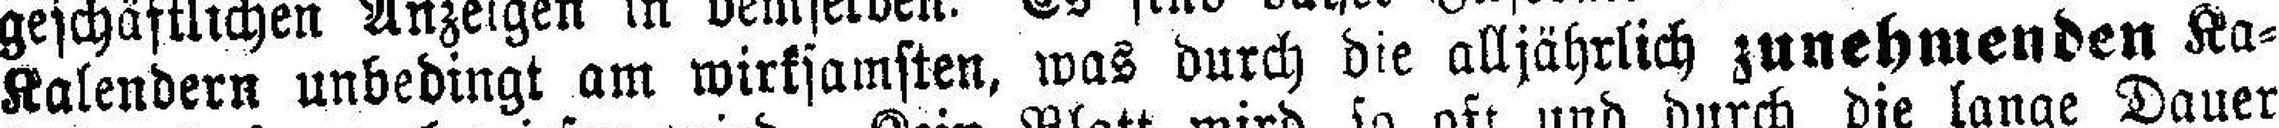
Kalendern unbedingt am wirksamsten, was durch die alljährlich zunehmenden Ka¬